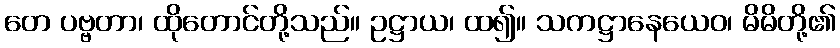
တေ ပဗ္ဗတာ၊ ထိုတောင်တို့သည်။ ဥဋ္ဌာယ၊ ထ၍။ သကဋ္ဌာနေယေဝ၊ မိမိတို့၏